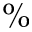
\%